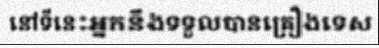
នៅទីនេះអ្នកនឹងទទួលបានគ្រឿងទេស